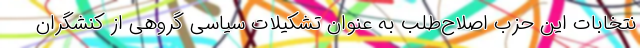
نتخابات این حزب اصلاح‌طلب به عنوان تشکیلات سیاسی گروهی از کنشگران